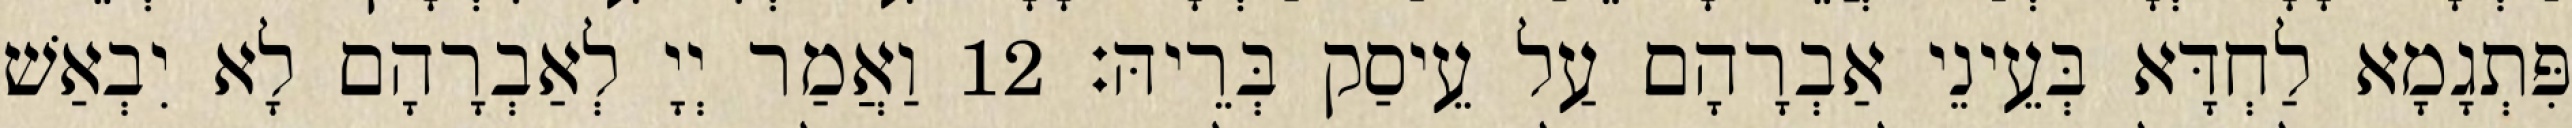
פִּתְגָמָא לַחְדָּא בְּעֵינֵי אַבְרָהָם עַל עֵיסַק בְּרֵיהּ׃ 12 וַאֲמַר יְיָ לְאַבְרָהָם לָא יִבְאַשׁ